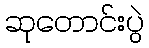
ဆုတောင်းပွဲ